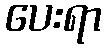
ပေးရာ